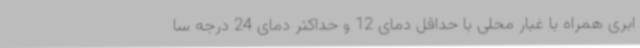
ابری همراه با غبار محلی با حداقل دمای 12 و حداکثر دمای 24 درجه سا